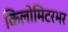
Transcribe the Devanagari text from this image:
किलोमिटरभर